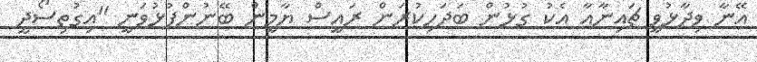
އޭނާ ވިދާޅުވީ ޗައިނާއާ އެކު ގުޅުން ބަދަހިކުރަން ރައީސް ޔާމީން ބޭނުންފުޅުވަނީ "އިގުތިސޯދީ